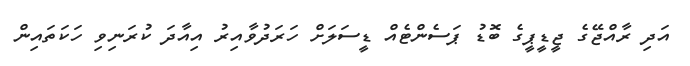
އަދި ރާއްޖޭގެ ޖީޑީޕީގެ ބޮޑު ޕަސެންޓެއް ޑީސަލަށް ހަރަދުވާއިރު އިއާދަ ކުރަނިވި ހަކަތައިން